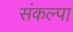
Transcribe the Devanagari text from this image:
संकल्पा